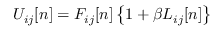
U _ { i j } [ n ] = F _ { i j } [ n ] \left\{ 1 + \beta L _ { i j } [ n ] \right\}